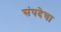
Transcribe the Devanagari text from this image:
संपदेचा